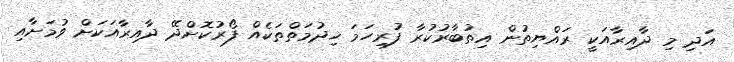
އަދި މި ދާއިރާއަކީ ރައްޔިތުން އިތުބާރުކުރާ ފުރިހަމަ ޚިދުމަތްތަކެއް ފޯރުކޮށްދޭ ދާއިރާއަކަށް ވުމަށާއި